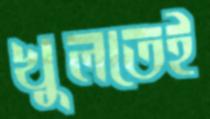
খুলতেই